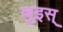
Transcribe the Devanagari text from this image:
ल्लुइस्